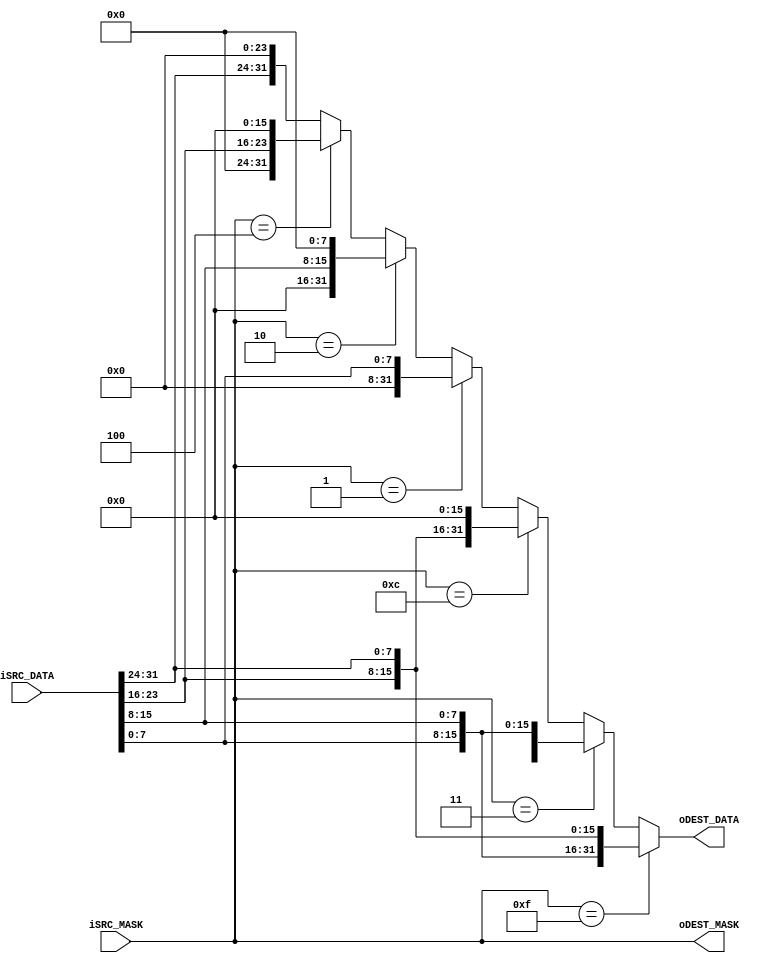
module endian_controller(
		//Source
		input wire [3:0] iSRC_MASK,
		input wire [31:0] iSRC_DATA,
		//Destnation
		output wire [3:0] oDEST_MASK,
		output wire [31:0] oDEST_DATA
	);

	
	/*
	assign oDEST_MASK = func_bytemask({iSRC_MASK[0], iSRC_MASK[1], iSRC_MASK[2], iSRC_MASK[3]});
	assign oDEST_DATA = func_data(
							{iSRC_MASK[0], iSRC_MASK[1], iSRC_MASK[2], iSRC_MASK[3]}, 
							{iSRC_DATA[7:0], iSRC_DATA[15:8], iSRC_DATA[23:16], iSRC_DATA[31:24]}
						);
	*/
	assign oDEST_MASK = iSRC_MASK;
	assign oDEST_DATA = func_data(iSRC_MASK, iSRC_DATA);
	

	/*
	function [3:0] func_bytemask;
		input [3:0] func_little_bytemask;
		begin
			if(func_little_bytemask == 4'hf)begin
				func_bytemask = 4'hf;
			end
			else if(func_little_bytemask == 4'h3 || func_little_bytemask == 4'hc)begin
				func_bytemask = ~func_little_bytemask;
			end
			else if(func_little_bytemask == 4'b0001)begin
				func_bytemask = 4'b1000;
			end
			else if(func_little_bytemask == 4'b0010)begin
				func_bytemask = 4'b0100;
			end
			else if(func_little_bytemask == 4'b0100)begin
				func_bytemask = 4'b0010;
			end
			//else if(func_little_bytemask == 4'b10000)begin
			else begin
				func_bytemask = 4'b0001;
			end
		end
	endfunction
	*/
	
	function [31:0] func_data;
		input [3:0] func_little_bytemask;
		input [31:0] func_src_data; 
		begin
			if(func_little_bytemask == 4'hf)begin
				func_data = {func_src_data[7:0], func_src_data[15:8], func_src_data[23:16], func_src_data[31:24]};
			end
			
			else if(func_little_bytemask == 4'b0011)begin
				//func_data = {16'h0, func_src_data[7:0], func_src_data[15:8]};
				func_data = {16'h0, func_src_data[7:0], func_src_data[15:8]};
			end
			else if(func_little_bytemask == 4'b1100)begin
				//func_data = {func_src_data[7:0], func_src_data[15:8], 16'h0};
				func_data = {func_src_data[23:16], func_src_data[31:24], 16'h0};
			end

			else if(func_little_bytemask == 4'b0001)begin
				func_data = {24'h0, func_src_data[7:0]};
			end
			else if(func_little_bytemask == 4'b0010)begin
				func_data = {16'h0, func_src_data[15:8], 8'h0};
			end
			else if(func_little_bytemask == 4'b0100)begin
				func_data = {8'h0, func_src_data[23:16], 16'h0};
			end
			//else if(func_little_bytemask == 4'b10000)begin
			else begin
				func_data = {func_src_data[31:24], 24'h0};
			end
		end
	endfunction
endmodule